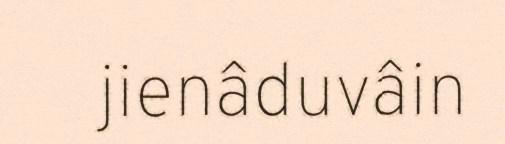
jienâduvâin